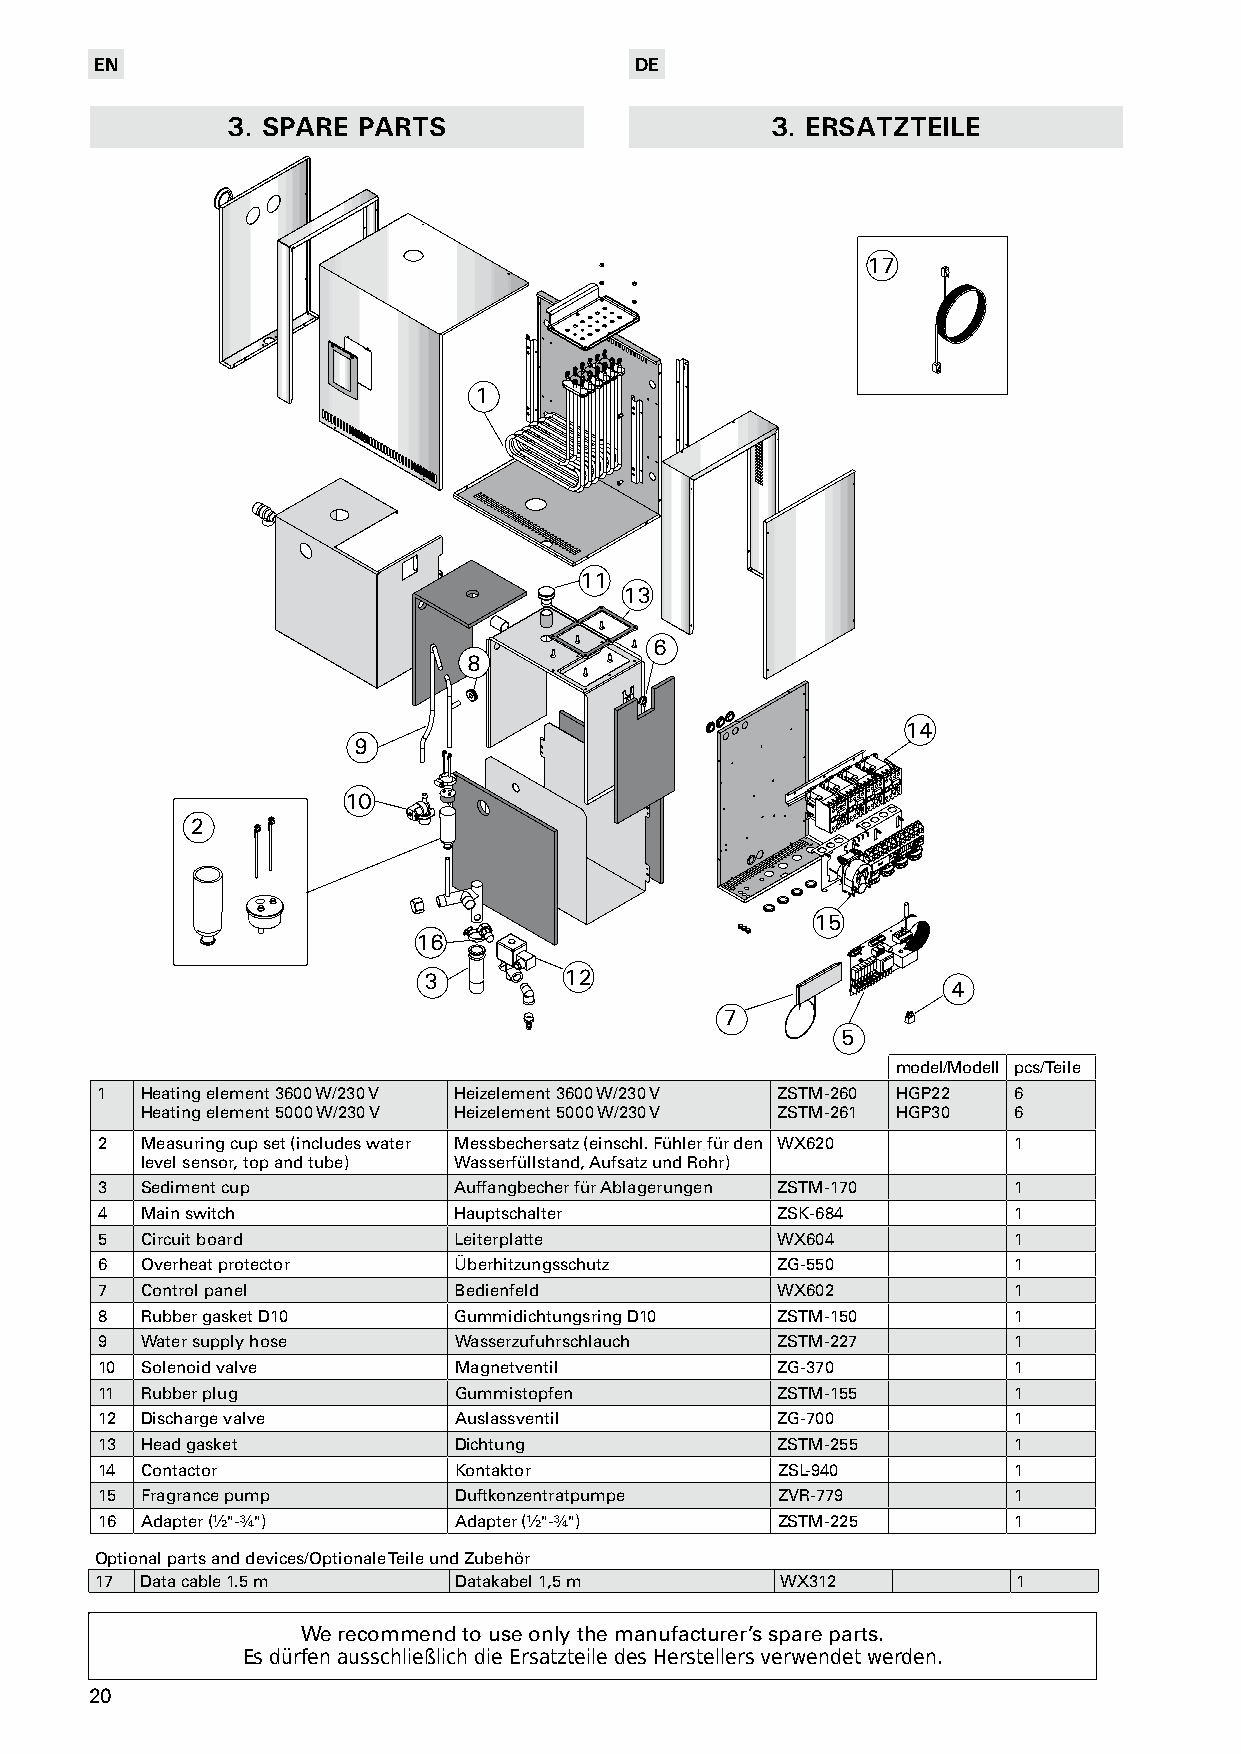
EN                                  DE
 3. SPARE PARTS                      3. ERSATZTEILE
 17
 1
 11
 13
 6
 8
 14
 9
 10
 2
 15
 16
 3        12
 4
 7
 5
 model/Modell pcs/Teile
 1  Heating element 3600 W/230 V Heizelement 3600 W/230 V ZSTM-260 HGP22 6
 Heating element 5000 W/230 V Heizelement 5000 W/230 V ZSTM-261 HGP30 6
 2  Measuring cup set (includes water Messbechersatz (einschl. Fühler für den WX620 1
 level sensor, top and tube) Wasserfüllstand, Aufsatz und Rohr)
 3  Sediment cup         Auffangbecher für Ablagerungen ZSTM-170 1
 4  Main switch          Hauptschalter        ZSK-684         1
 5  Circuit board        Leiterplatte         WX604           1
 6  Overheat protector   Überhitzungsschutz   ZG-550          1
 7  Control panel        Bedienfeld           WX602           1
 8  Rubber gasket D10    Gummidichtungsring D10 ZSTM-150      1
 9  Water supply hose    Wasserzufuhrschlauch ZSTM-227        1
 10 Solenoid valve       Magnetventil         ZG-370          1
 11 Rubber plug          Gummistopfen         ZSTM-155        1
 12 Discharge valve      Auslassventil        ZG-700          1
 13 Head gasket          Dichtung             ZSTM-255        1
 14 Contactor            Kontaktor            ZSL-940         1
 15 Fragrance pump       Duftkonzentratpumpe  ZVR-779         1
 16 Adapter (½"-¾")      Adapter (½"-¾")      ZSTM-225        1
 Optional parts and devices/Optionale Teile und Zubehör
 17 Data cable 1.5 m     Datakabel 1,5 m       WX312          1
 We recommend to use only the manufacturer’s spare parts.
 Es dürfen ausschließlich die Ersatzteile des Herstellers verwendet werden.
 20